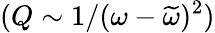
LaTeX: (Q\sim 1/(\omega-\widetilde{\omega})^{2})